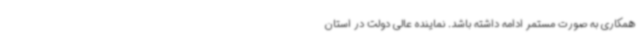
همکاری به صورت مستمر ادامه داشته باشد. نماینده عالی دولت در استان